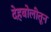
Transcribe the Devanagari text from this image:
देहबोलीतून